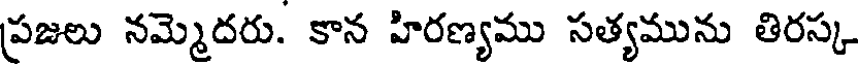
ప్రజలు నమ్మెదరు. కాన హిరణ్యము సత్యమును తిరస్క